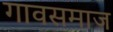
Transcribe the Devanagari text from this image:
गावसमाज